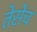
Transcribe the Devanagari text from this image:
तेसेच